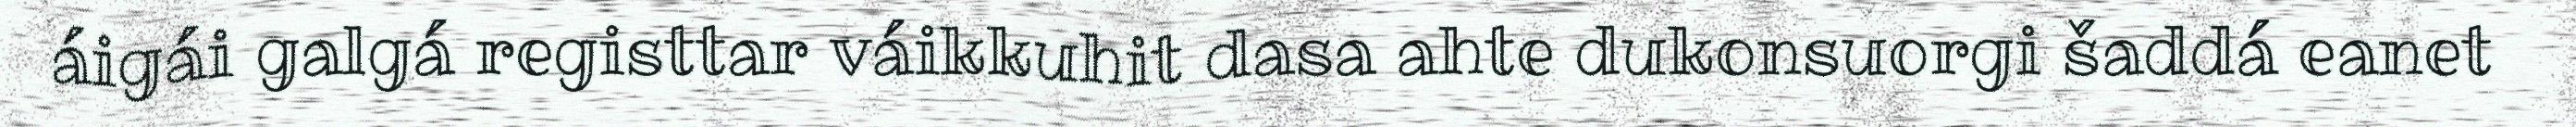
áigái galgá registtar váikkuhit dasa ahte dukonsuorgi šaddá eanet